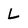
Character: L